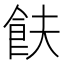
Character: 𬲋